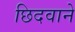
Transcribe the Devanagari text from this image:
छिदवाने